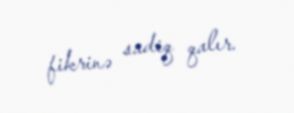
fikrinə sadiq qalır.